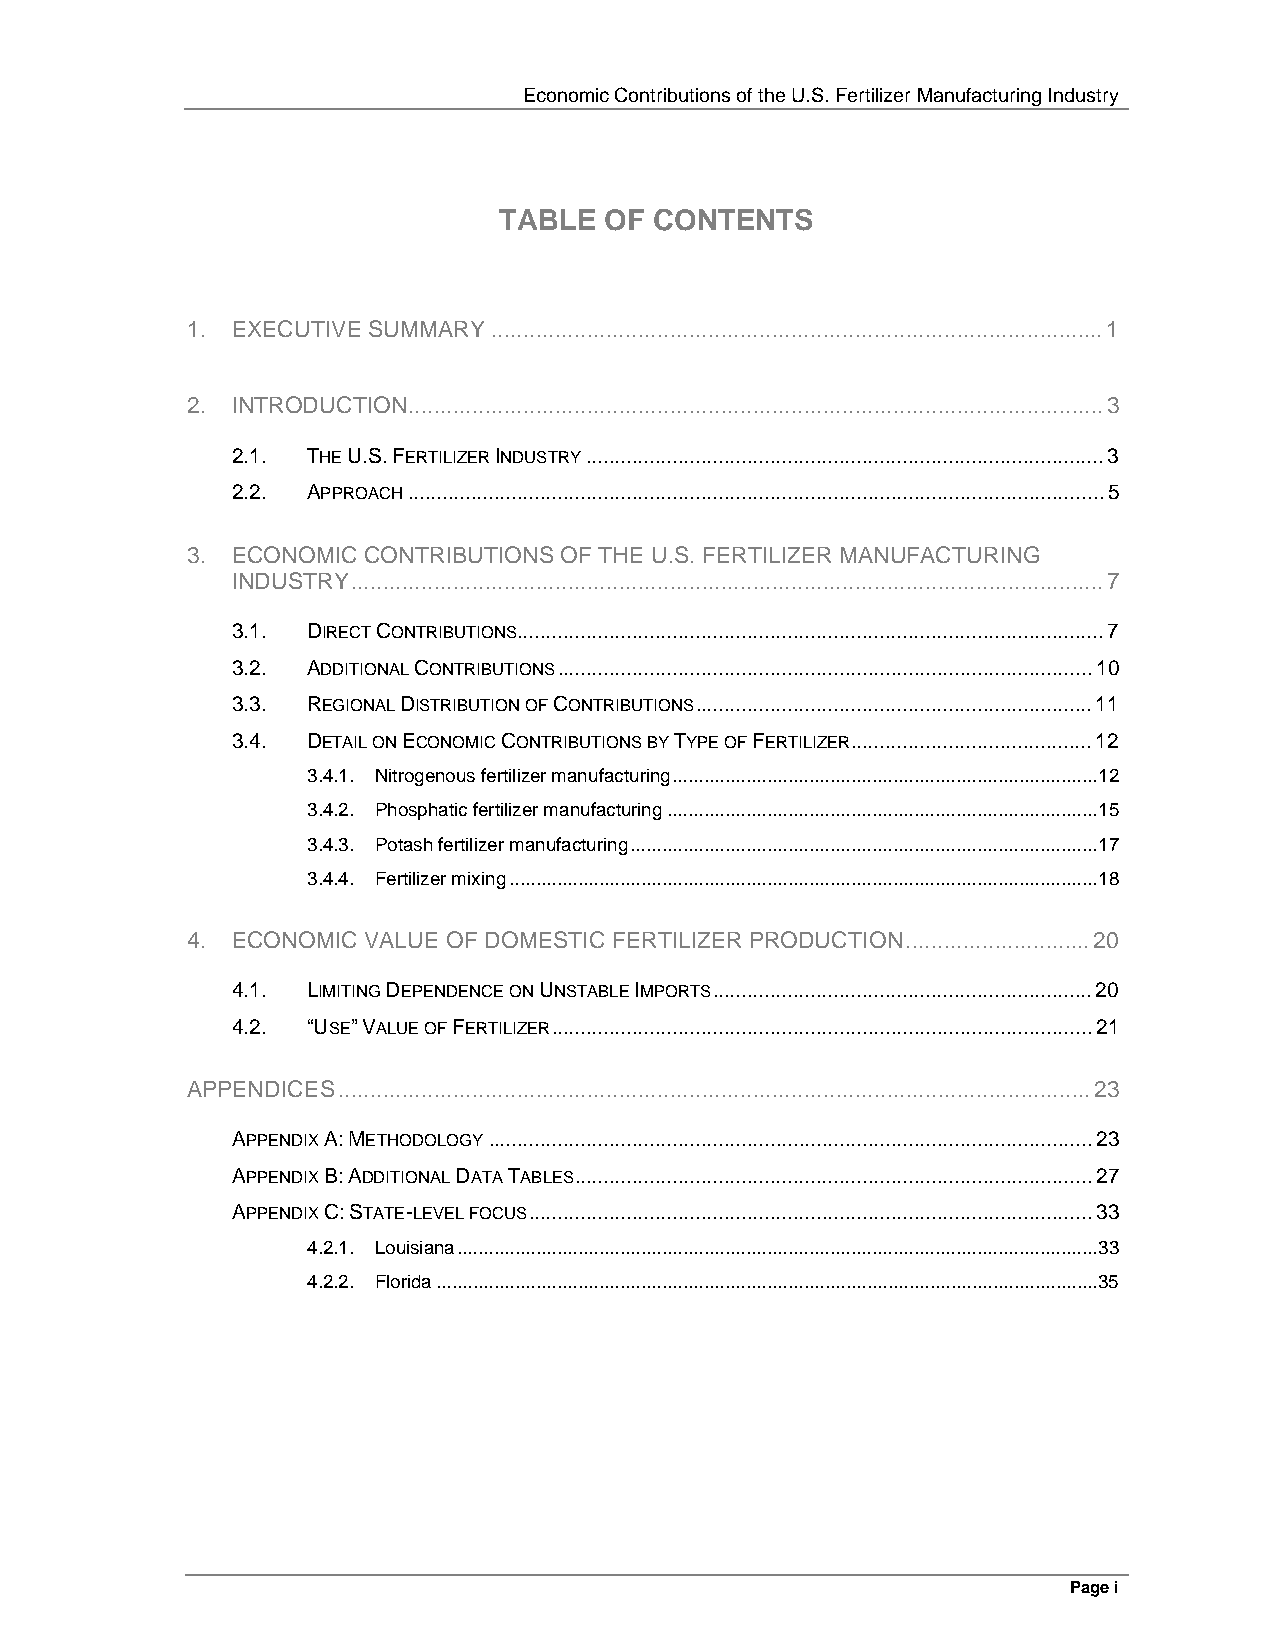
Economic Contributions of the U.S. Fertilizer Manufacturing Industry
 TABLE  OF CONTENTS
 1. EXECUTIVE SUMMARY................................................................................................1
 2. INTRODUCTION.............................................................................................................3
 2.1. THE U.S. FERTILIZER INDUSTRY..........................................................................................3
 2.2. APPROACH.........................................................................................................................5
 3. ECONOMIC CONTRIBUTIONS OF THE U.S. FERTILIZER MANUFACTURING
 INDUSTRY......................................................................................................................7
 3.1. DIRECT CONTRIBUTIONS......................................................................................................7
 3.2. ADDITIONAL CONTRIBUTIONS.............................................................................................10
 3.3. REGIONAL DISTRIBUTION OF CONTRIBUTIONS.....................................................................11
 3.4. DETAIL ON ECONOMIC CONTRIBUTIONS BY TYPE OF FERTILIZER..........................................12
 3.4.1. Nitrogenous fertilizer manufacturing.................................................................................12
 3.4.2. Phosphatic fertilizer manufacturing..................................................................................15
 3.4.3. Potash fertilizer manufacturing.........................................................................................17
 3.4.4. Fertilizer mixing................................................................................................................18
 4. ECONOMIC VALUE OF DOMESTIC FERTILIZER PRODUCTION.............................20
 4.1. LIMITING DEPENDENCE ON UNSTABLE IMPORTS..................................................................20
 4.2. “USE” VALUE OF FERTILIZER..............................................................................................21
 APPENDICES......................................................................................................................23
 APPENDIX A: METHODOLOGY.........................................................................................................23
 APPENDIX B: ADDITIONAL DATA TABLES..........................................................................................27
 APPENDIX C: STATE-LEVEL FOCUS..................................................................................................33
 4.2.1. Louisiana..........................................................................................................................33
 4.2.2. Florida..............................................................................................................................35
 Page i